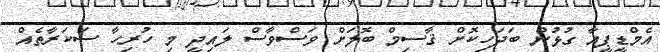
އެމްޑީޕީއާ ގުޅުން ބަދަހިކޮށް ޤާސިމް ބޮލަށް ވަސްވާސް ލައިދީ މި ހުރިހާ ސަކަރާތެއް